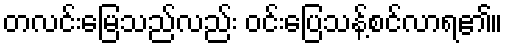
တလင်းမြေသည်လည်း ဝင်းပြေသန့်စင်လာရ၏။